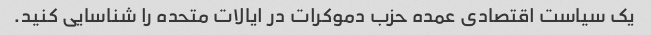
یک سیاست اقتصادی عمده حزب دموکرات در ایالات متحده را شناسایی کنید.